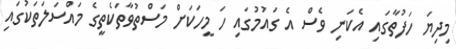
މިދިޔަ ހަފުތާގައި އެކަނި ވެސް އެ ގައުމުގައި ހަ މީހަކަށް މަސްތުވާތަކެތީގެ މައްސަލަތަކުގައި